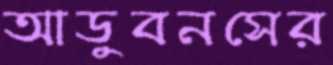
আডুবনসের